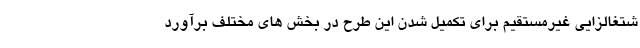
شتغالزایی غیرمستقیم برای تکمیل شدن این طرح در بخش های مختلف برآورد